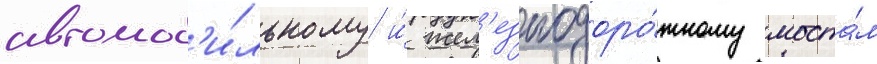
автомоб'и́льному и́ жел'езнодоро́жному моста́м